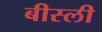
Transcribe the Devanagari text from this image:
बीस्ली